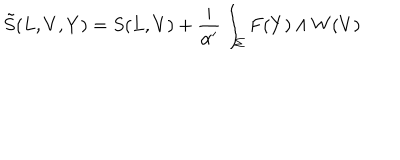
LaTeX: \tilde { S } ( L , V , Y ) = S ( L , V ) + \frac { i } { \alpha ^ { \prime } } \int _ { \Sigma } F ( Y ) \wedge W ( V )